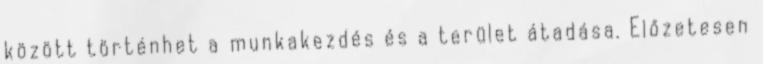
között történhet a munkakezdés és a terület átadása. Előzetesen